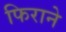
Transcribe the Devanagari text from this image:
फिराने